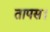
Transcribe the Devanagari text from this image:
तापस।